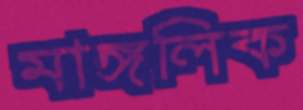
মাঙ্গলিক